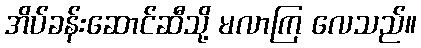
အိပ်ခန်းဆောင်ဆီသို့ မလာကြ လေသည်။